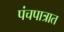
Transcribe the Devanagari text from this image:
पंचपात्रात